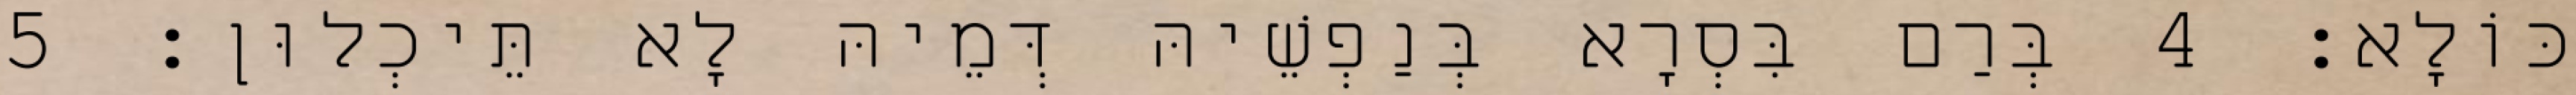
כּוֹלָא׃ 4 בְּרַם בִּסְרָא בְּנַפְשֵׁיהּ דְּמֵיהּ לָא תֵּיכְלוּן׃ 5